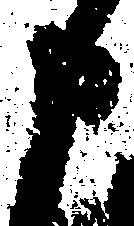
申